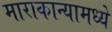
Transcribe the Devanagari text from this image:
माराकान्यामध्ये